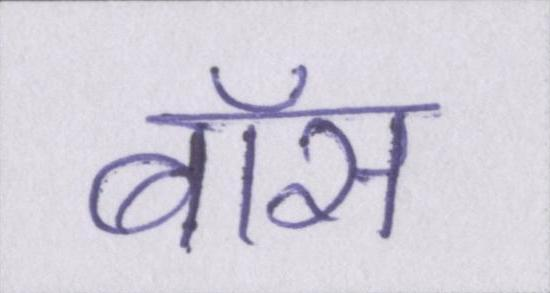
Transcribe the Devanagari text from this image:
बॉस